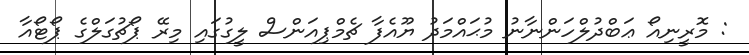
: މޮރީނިއޯ ޢަބްދުލްހަންނާނު މުޙައްމަދު ޔޫއެފާ ޗެމްޕިއަންސް ލީގުގައި މިރޭ ޕޯޗުގަލްގެ ޕޯޓޯއާ